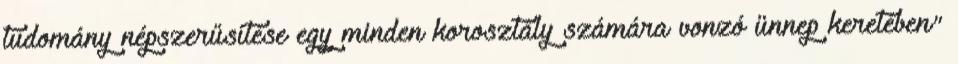
tudomány népszerűsítése egy minden korosztály számára vonzó ünnep keretében"